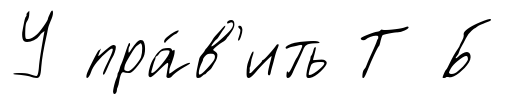
У пра́в'ить Т Б